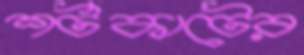
শর্টকাটের